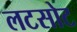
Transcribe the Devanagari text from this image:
लटसोट